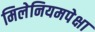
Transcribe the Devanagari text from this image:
मिलेनियमपेक्षा